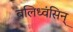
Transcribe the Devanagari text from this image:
बलिध्वंसिन्